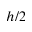
h / 2